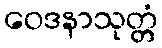
ဝေဒနာသုတ္တံ